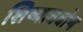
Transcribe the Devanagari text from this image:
शिष्यावबोध